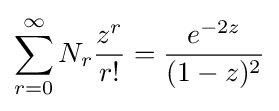
\sum _{r=0}^{\infty }N_{r}{\frac {z^{r}}{r!}}={\frac {e^{-2z}}{(1-z)^{2}}}